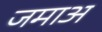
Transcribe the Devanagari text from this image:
जमाअ